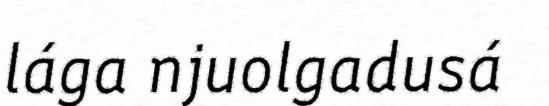
lága njuolgadusá